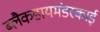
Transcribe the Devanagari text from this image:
ब्लैकडायमंडस्काई